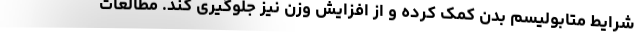
شرایط متابولیسم بدن کمک کرده و از افزایش وزن نیز جلوگیری کند. مطالعات